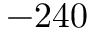
- 2 4 0